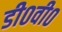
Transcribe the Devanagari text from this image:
डी०वी०